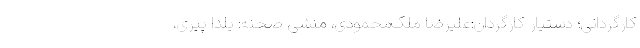
کارگردانی؛ دستیار کارگردان:علیرضا ‌ملک‌محمودی، منشی صحنه: یلدا پیری،